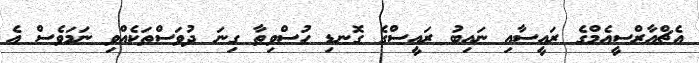
އެޗްއާރްސީއެމްގެ ރައީސާއި ނައިބު ރައީސްގެ ގޮނޑި ހުސްވިތާ ގިނަ ދުވަސްތަކެއްވި ނަމަވެސް އެ